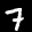
Label: 7